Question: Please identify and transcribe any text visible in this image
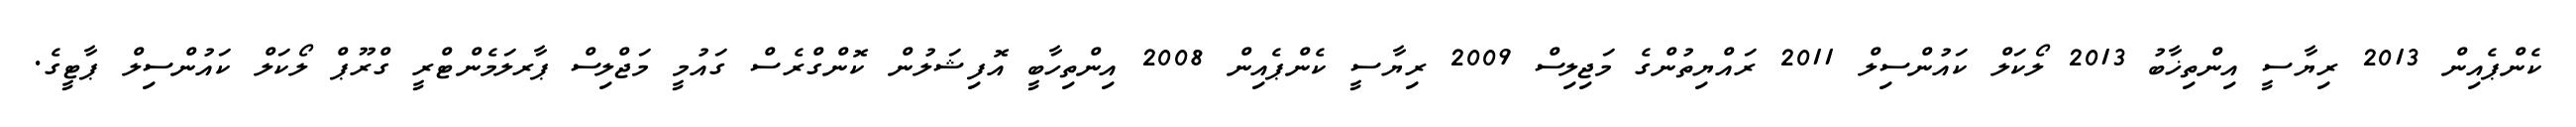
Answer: ކެންޕެއިން 2013 ރިޔާސީ އިންތިޚާބު 2013 ލޯކަލް ކައުންސިލް 2011 ރައްޔިތުންގެ މަޖިލިސް 2009 ރިޔާސީ ކެންޕެއިން 2008 އިންތިހާބީ އޮފިޝަލުން ކޮންގްރެސް ގައުމީ މަޖްލިސް ޕާރލަމެންޓްރީ ގްރޫޕް ލޯކަލް ކައުންސިލް ޕާޓީގެ.